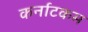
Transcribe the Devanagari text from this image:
कर्नाटकम